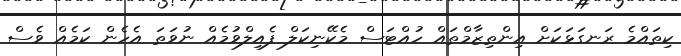
ކިތައްމެ ރަނގަޅަކަށް އިންތިޒާމްތައް ހުއްޓަސް މެކޭނިކަލް ފެއިލްވުމެއް ނުވަތަ އެހެން ކަމެއް ވެސް